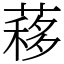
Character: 䔟